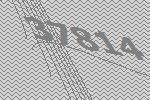
37814